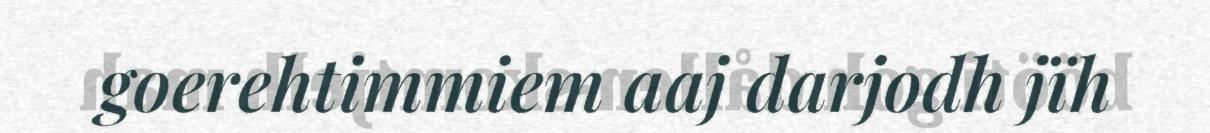
goerehtimmiem aaj darjodh jïh